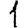
Digit: 1